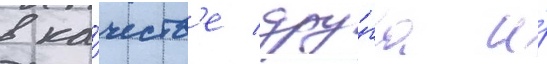
в ка́честв'е дру́га и́